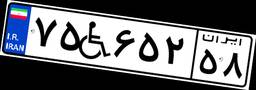
۷۵W۶۵۲۵۸